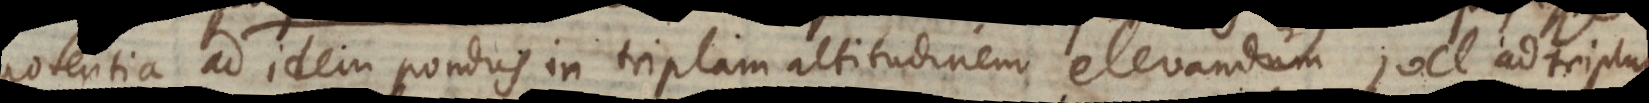
potentia ad idem pondus in triplam altitudinem elevandum, vel ad triplum